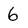
Character: 6